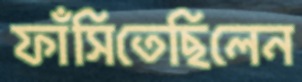
ফাঁসিতেছিলেন